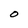
Character: O